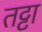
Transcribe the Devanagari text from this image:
तट्टा